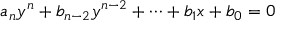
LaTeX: a _ { n } y ^ { n } + b _ { n - 2 } y ^ { n - 2 } + \dots + b _ { 1 } x + b _ { 0 } = 0